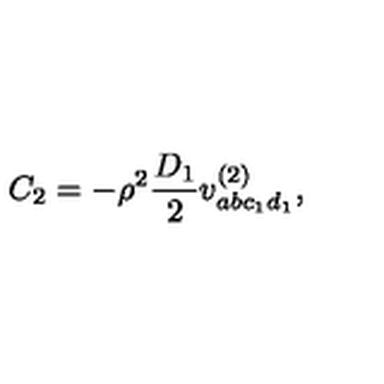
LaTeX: C _ { 2 } = - \rho ^ { 2 } \frac { D _ { 1 } } { 2 } v _ { a b c _ { 1 } d _ { 1 } } ^ { ( 2 ) } ,